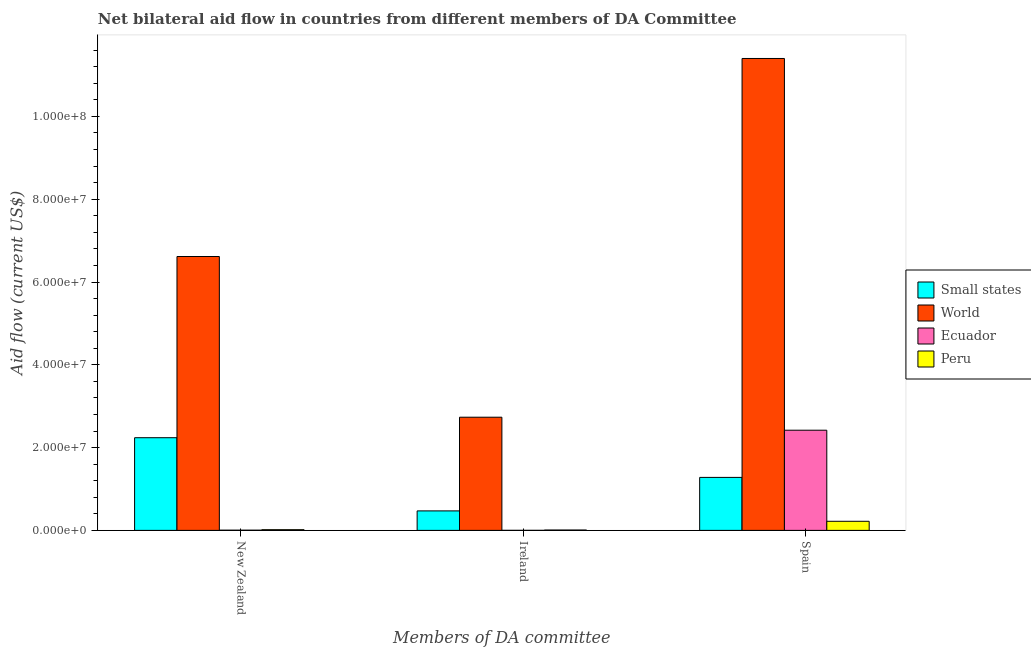
| Members of DA committee | Small states | World | Ecuador | Peru |
 | --- | --- | --- | --- | --- |
 | New Zealand | 2.24e+07 | 6.62e+07 | 5e+04 | 1.7e+05 |
 | Ireland | 4.71e+06 | 2.73e+07 | 1e+04 | 9e+04 |
 | Spain | 1.28e+07 | 1.14e+08 | 2.42e+07 | 2.2e+06 |